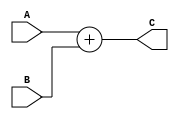
`timescale 1ns / 1ps
//////////////////////////////////////////////////////////////////////////////////
// Company: 
// Engineer: 
// 
// Design Name: 
// Module Name: Adder32Bit
// Project Name: 
// Target Devices: 
// Tool Versions: 
// Description: 
// 
// Dependencies: 
// 
// Revision:
// Revision 0.01 - File Created
// Additional Comments:
// 
//////////////////////////////////////////////////////////////////////////////////


module Adder32Bit(A, B, C);
input [31:0] A, B;
output reg [31:0] C;
    always@(*)begin
        C <= A + B;
    end
    
endmodule